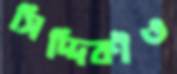
সিদ্দিকীও